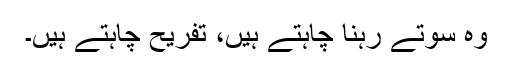
وہ سوتے رہنا چاہتے ہیں، تفریح چاہتے ہیں۔